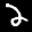
Label: 2